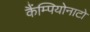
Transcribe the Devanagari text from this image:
कैंम्पियोनाटो